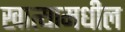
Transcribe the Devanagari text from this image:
खात्यामधील